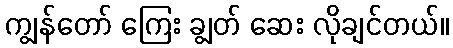
ကျွန်တော် ကြေး ချွတ် ဆေး လိုချင်တယ်။